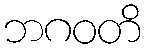
ဘဂဝတိ